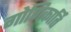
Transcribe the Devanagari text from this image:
गोणिकार्ति